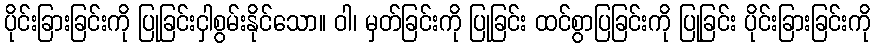
ပိုင်းခြားခြင်းကို ပြုခြင်းငှါစွမ်းနိုင်သော။ ဝါ၊ မှတ်ခြင်းကို ပြုခြင်း ထင်စွာပြခြင်းကို ပြုခြင်း ပိုင်းခြားခြင်းကို